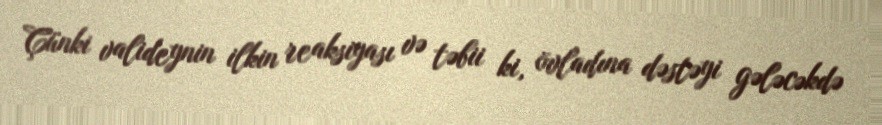
Çünki valideynin ilkin reaksiyası və təbii ki, övladına dəstəyi gələcəkdə